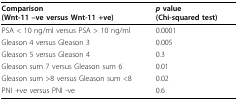
| Comparison (Wnt-11 --ve versus Wnt-11 +ve) | p value (Chi-squared test) |
 | --- | --- |
 | PSA < 10 ng/ml versus PSA > 10 ng/ml | 0.0001 |
 | Gleason 4 versus Gleason 3 | 0.005 |
 | Gleason 5 versus Gleason 4 | 0.3 |
 | Gleason sum 7 versus Gleason sum 6 | 0.01 |
 | Gleason sum >8 versus Gleason sum <8 | 0.02 |
 | PNI +ve versus PNI -ve | 0.6 |